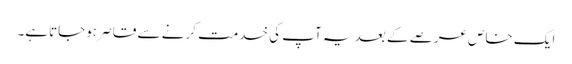
ایک خاص عرصے کے بعد یہ آپ کی خدمت کرنے سے قاصر ہوجاتاہے۔